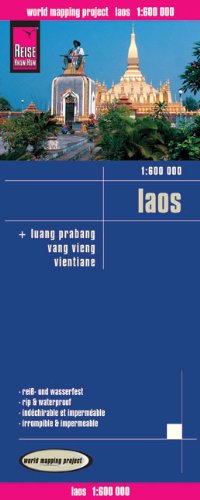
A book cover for Laos; Reise Know-How Verlag; Travel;